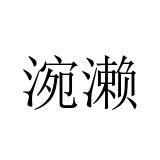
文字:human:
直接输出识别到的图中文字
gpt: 涴濑